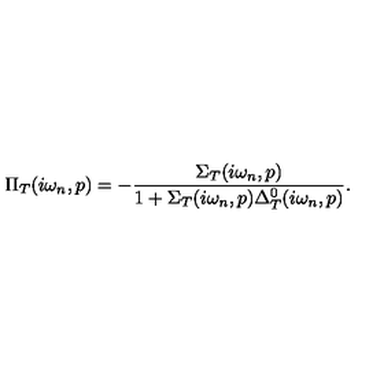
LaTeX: \Pi _ { T } ( i \omega _ { n } , p ) = - \frac { \Sigma _ { T } ( i \omega _ { n } , p ) } { 1 + \Sigma _ { T } ( i \omega _ { n } , p ) \Delta _ { T } ^ { 0 } ( i \omega _ { n } , p ) } .